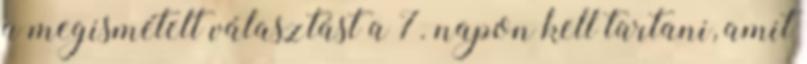
a megismételt választást a 7. napon kell tartani, amit